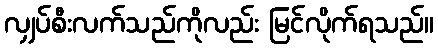
လျှပ်စီးလက်သည်ကိုလည်း မြင်လိုက်ရသည်။